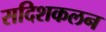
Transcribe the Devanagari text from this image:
सदिशकलन